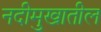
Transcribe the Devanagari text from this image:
नदीमुखातील